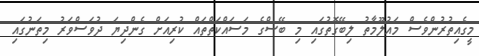
މީގެއިތުރުންވެސް މައުލޫމާތު ލިބޭގޮތުގައި މި ބޭސްގެ މަސައްކަތްތައް ކުރިއަށް ގެންދިޔަ ދުވަސްވަރު މިތަނުގައި